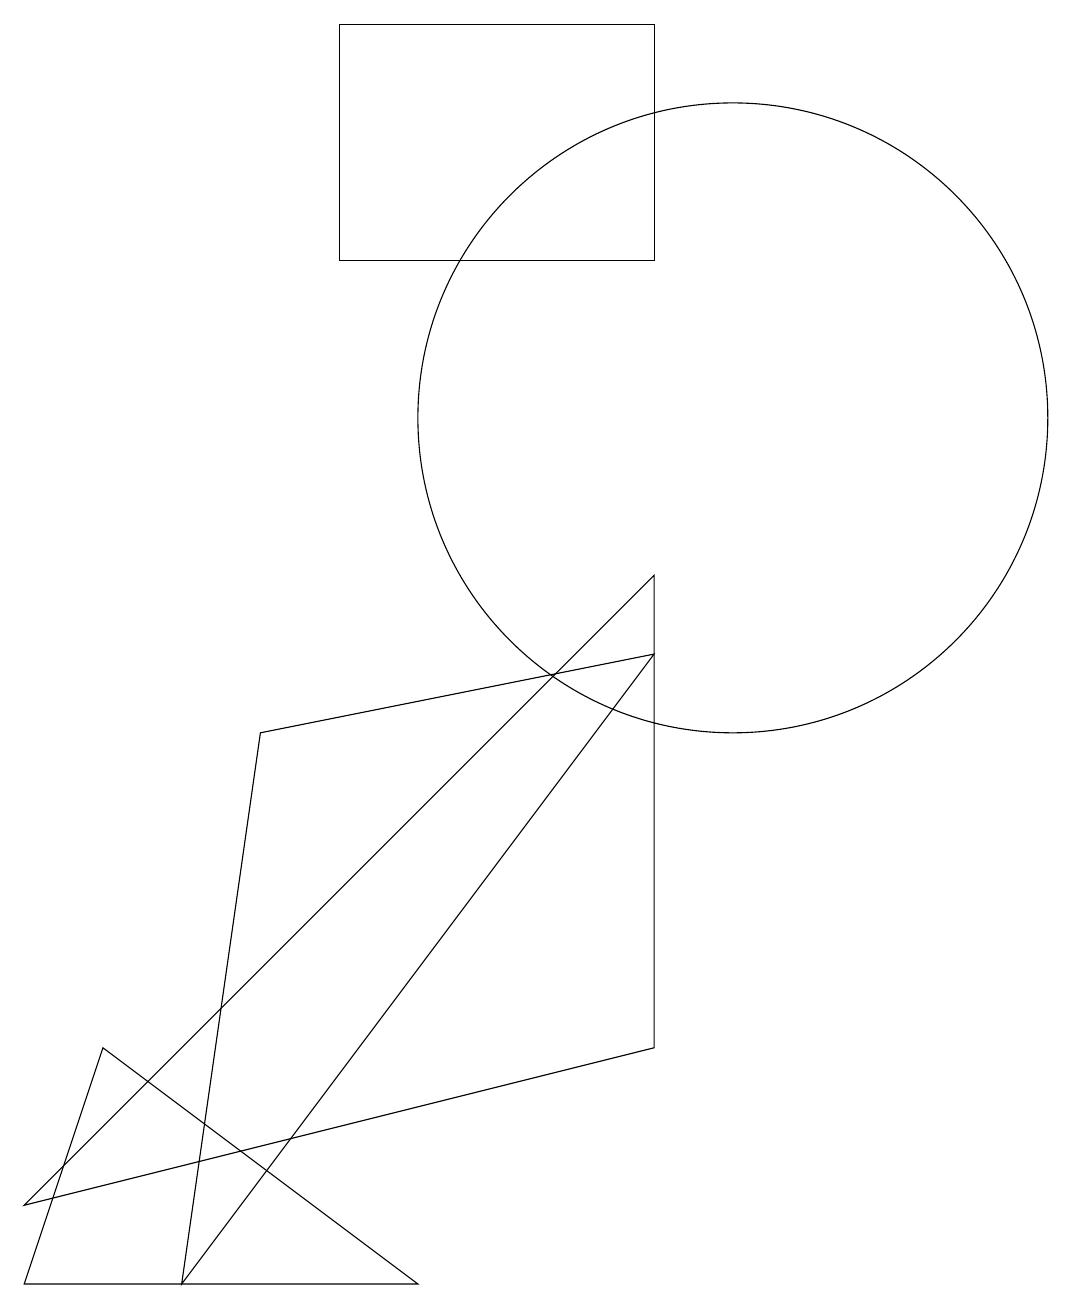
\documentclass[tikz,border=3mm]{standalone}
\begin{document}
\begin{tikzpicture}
\draw (9,9) -- (1,1) -- (9,3) -- cycle;
\draw (1,0) -- (6,0) -- (2,3) -- cycle;
\draw (3,0) -- (9,8) -- (4,7) -- cycle;
\draw (10,11) circle (4);
\draw (9,13) rectangle (5,16);
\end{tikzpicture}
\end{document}